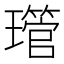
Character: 𤪔